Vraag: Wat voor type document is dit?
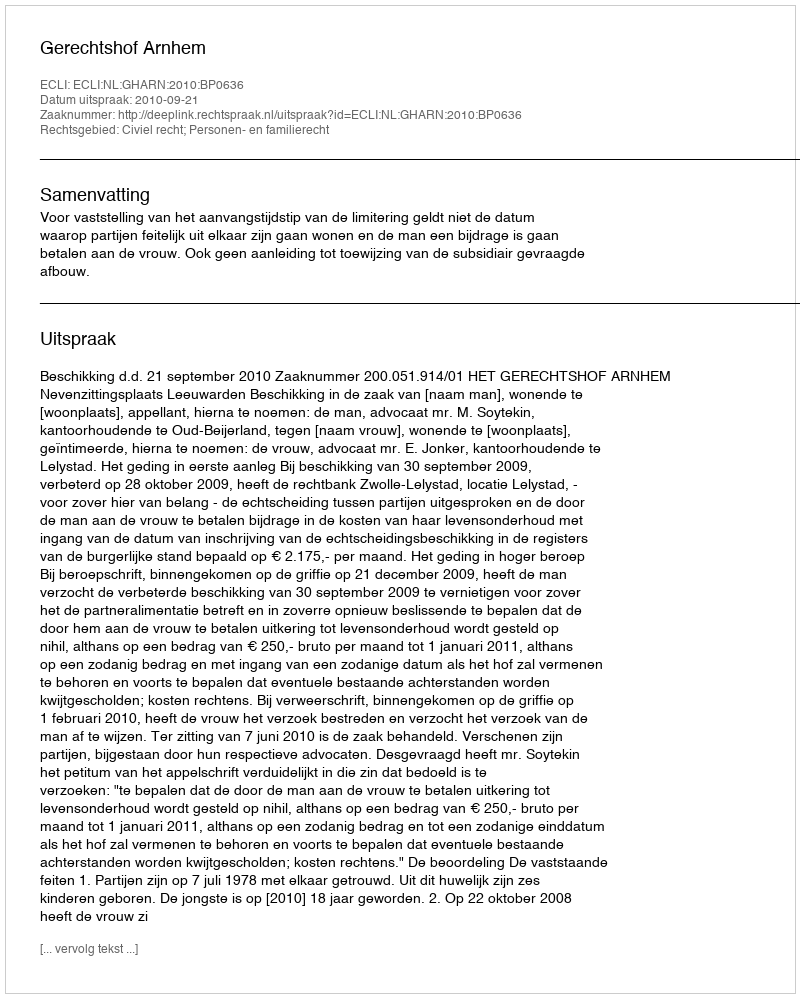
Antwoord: Uitspraak